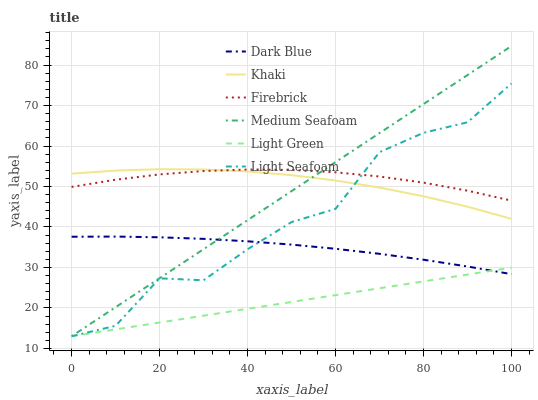
| xaxis_label | Dark Blue | Khaki | Firebrick | Medium Seafoam | Light Green | Light Seafoam |
 | --- | --- | --- | --- | --- | --- | --- |
 | 0 | 37.6 | 53.2 | 49.9 | 13 | 13 | 13 |
 | 10 | 37.6 | 53.9 | 51.7 | 20.2 | 14.7 | 15.6 |
 | 20 | 37.5 | 54.3 | 53 | 27.3 | 16.4 | 27.3 |
 | 30 | 37.1 | 54.2 | 53.8 | 34.5 | 18.1 | 26.8 |
 | 40 | 36.5 | 53.7 | 54.2 | 41.7 | 19.8 | 34.5 |
 | 50 | 35.6 | 52.8 | 54.1 | 48.9 | 21.5 | 41.2 |
 | 60 | 34.6 | 51.5 | 53.5 | 56 | 23.2 | 44.5 |
 | 70 | 33.4 | 49.7 | 52.5 | 63.2 | 24.9 | 58.5 |
 | 80 | 31.9 | 47.6 | 51 | 70.4 | 26.6 | 63.3 |
 | 90 | 30.2 | 45 | 49 | 77.5 | 28.2 | 65.9 |
 | 100 | 28.3 | 42 | 46.5 | 84.7 | 29.9 | 75.5 |